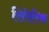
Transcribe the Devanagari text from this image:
सिरेरिक